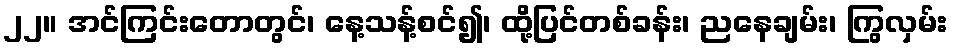
၂၂။ အင်ကြင်းတောတွင်၊ နေ့သန့်စင်၍၊ ထို့ပြင်တစ်ခန်း၊ ညနေချမ်း၊ ကြွလှမ်း